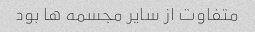
متفاوت از سایر مجسمه ها بود